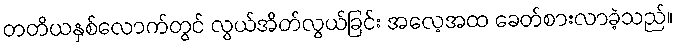
တတိယနှစ်လောက်တွင် လွယ်အိတ်လွယ်ခြင်း အလေ့အထ ခေတ်စားလာခဲ့သည်။